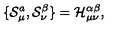
\{ { \cal S } _ { \mu } ^ { a } , { \cal S } _ { \nu } ^ { \beta } \} = { \cal H } _ { \mu \nu } ^ { \alpha \beta } ,